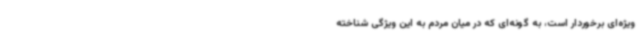
ویژه‌ای برخوردار است، به گونه‌ای که در میان مردم به این ویژگی شناخته